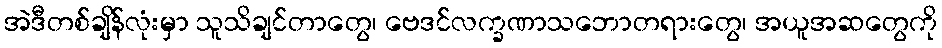
အဲဒီတစ်ချိန်လုံးမှာ သူသိချင်တာတွေ၊ ဗေဒင်လက္ခဏာသဘောတရားတွေ၊ အယူအဆတွေကို